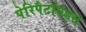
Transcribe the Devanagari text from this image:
पेरिपैटॉयड्स